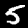
Label: 5